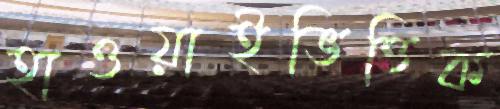
হাওয়াইভিত্তিক